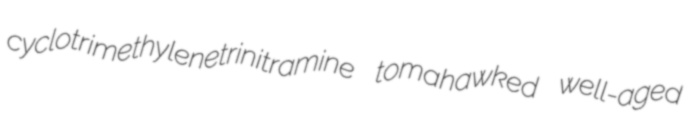
cyclotrimethylenetrinitramine tomahawked well-aged